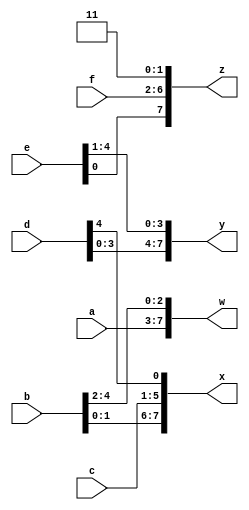
module top_module (
    input wire [4:0] a, b, c, d, e, f,
    output wire [7:0] w, x, y, z 
);

    assign {w, x, y, z} = {a, b, c, d, e, f, 2'b11};
    
endmodule